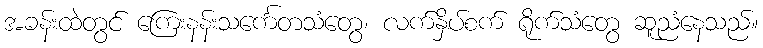
အခန်းထဲတွင် ကြေးနန်းသင်္ကေတသံတွေ၊ လက်နှိပ်စက် ရိုက်သံတွေ ဆူညံနေသည်။